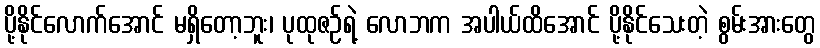
ပို့နိုင်လောက်အောင် မရှိတော့ဘူး၊ ပုထုဇဉ်ရဲ့ လောဘက အပါယ်ထိအောင် ပို့နိုင်သေးတဲ့ စွမ်းအားတွေ